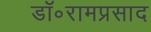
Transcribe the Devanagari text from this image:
डॉ॰रामप्रसाद